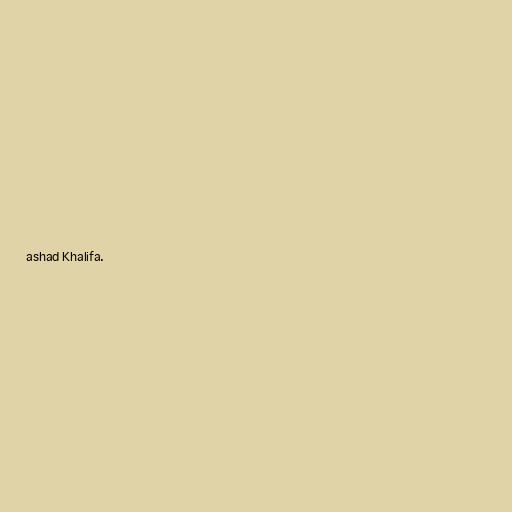
ashad Khalifa.